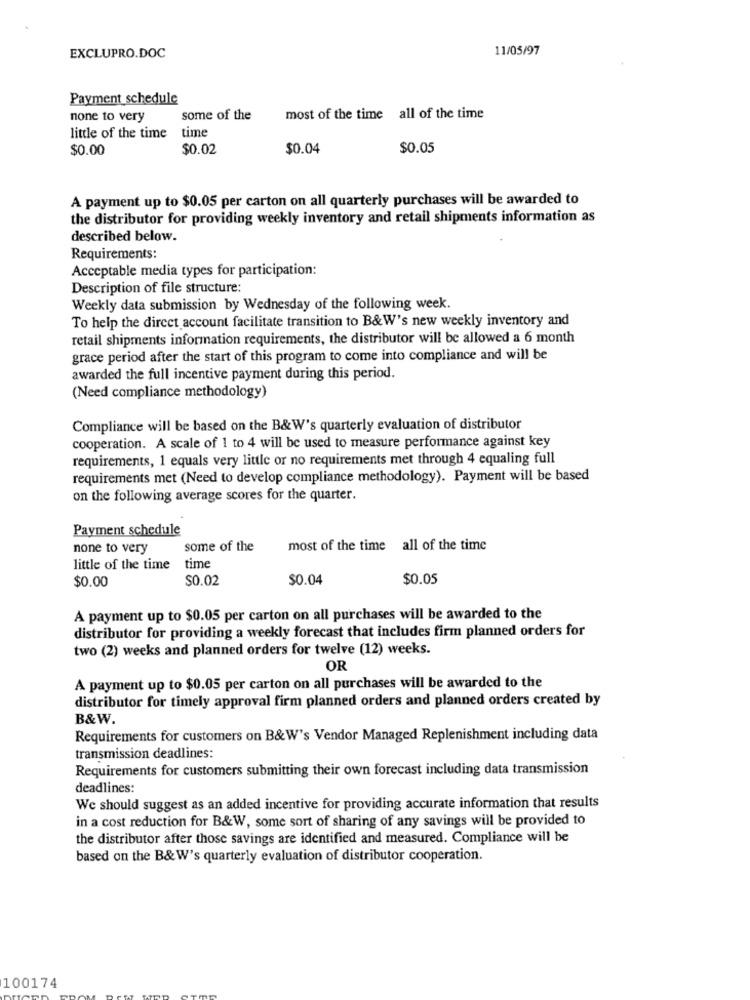
11/05/97
EXCLUPRO.DOC
Payment schedule
none to very
some of the
most of the time all of the time
little of the time time
$0.00
$0.02
$0.04
$0.05
A payment up to $0.05 per carton on all quarterly purchases will be awarded to
the distributor for providing weekly inventory and retail shipments information as
described below.
Requirements:
Acceptable media types for participation:
Description of file structure:
Weekly data submission by Wednesday of the following week.
To help the direct account facilitate transition to B&W's new weekly inventory and
retail shipments information requirements, the distributor will be allowed a 6 month
grace period after the start of this program to come into compliance and will be
awarded the full incentive payment during this period.
(Need compliance methodology)
Compliance will be based on the B&W's quarterly evaluation of distributor
cooperation. A scale of 1 to 4 will be used to measure performance against key
requirements, 1 equals very little or no requirements met through 4 equaling full
requirements met (Need to develop compliance methodology). Payment will be based
on the following average scores for the quarter.
Payment schedule
none to very
some of the
most of the time all of the time
little of the time
time
$0.02
$0.04
$0.05
$0.00
A payment up to $0.05 per carton on all purchases will be awarded to the
distributor for providing a weekly forecast that includes firm planned orders for
two (2) weeks and planned orders for twelve (12) weeks.
OR
A payment up to $0.05 per carton on all purchases will be awarded to the
distributor for timely approval firm planned orders and planned orders created by
B&W.
Requirements for customers on B&W's Vendor Managed Replenishment including data
transmission deadlines:
Requirements for customers submitting their own forecast including data transmission
deadlines:
We should suggest as an added incentive for providing accurate information that results
in a cost reduction for B&W, some sort of sharing of any savings will be provided to
the distributor after those savings are identified and measured. Compliance will be
based on the B&W's quarterly evaluation of distributor cooperation.
100174